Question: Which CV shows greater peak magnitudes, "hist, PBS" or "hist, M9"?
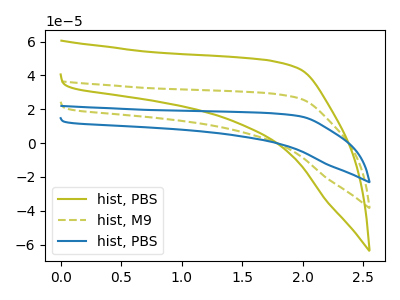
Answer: <think>The olive curve "hist, PBS" has no peaks. The olive dashed curve "hist, M9" has no peaks. The blue curve "hist, PBS" has no peaks.</think>
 <answer>Niether CV has any peaks.</answer>
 <eval>blanks</eval>